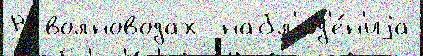
В волноводах  набл'юд'е́н'иjа